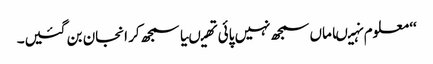
‘‘ معلوم نہیںاماں سمجھ نہیں پائی تھیںیا سمجھ کر انجان بن گئیں۔